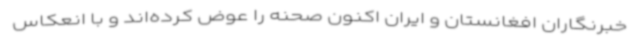
خبرنگاران افغانستان و ایران اکنون صحنه را عوض کرده‌اند و با انعکاس